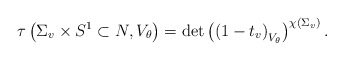
\begin{align*}\tau\left(\Sigma_v \times S^1 \subset N, V_\theta\right) &= {\det}\left(\left(1-t_v\right)_{V_\theta}\right)^{\chi(\Sigma_v)}.\end{align*}